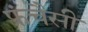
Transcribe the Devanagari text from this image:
फ्रंचैसी